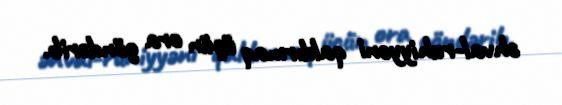
əhval-ruhiyyəni qaldırmaq üçün ora göndərib.